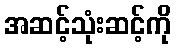
အဆင့်သုံးဆင့်ကို